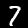
Digit: 7